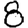
Digit: 8